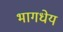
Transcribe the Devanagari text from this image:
भागधेय